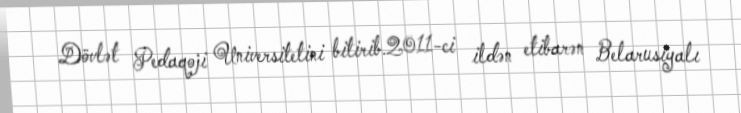
Dövlət Pedaqoji Universitetini bitirib.2011-ci ildən etibarən Belarusiyalı